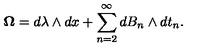
{ \bf \Omega } = d \lambda \wedge d x + \sum _ { n = 2 } ^ { \infty } d B _ { n } \wedge d t _ { n } .